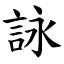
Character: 詠